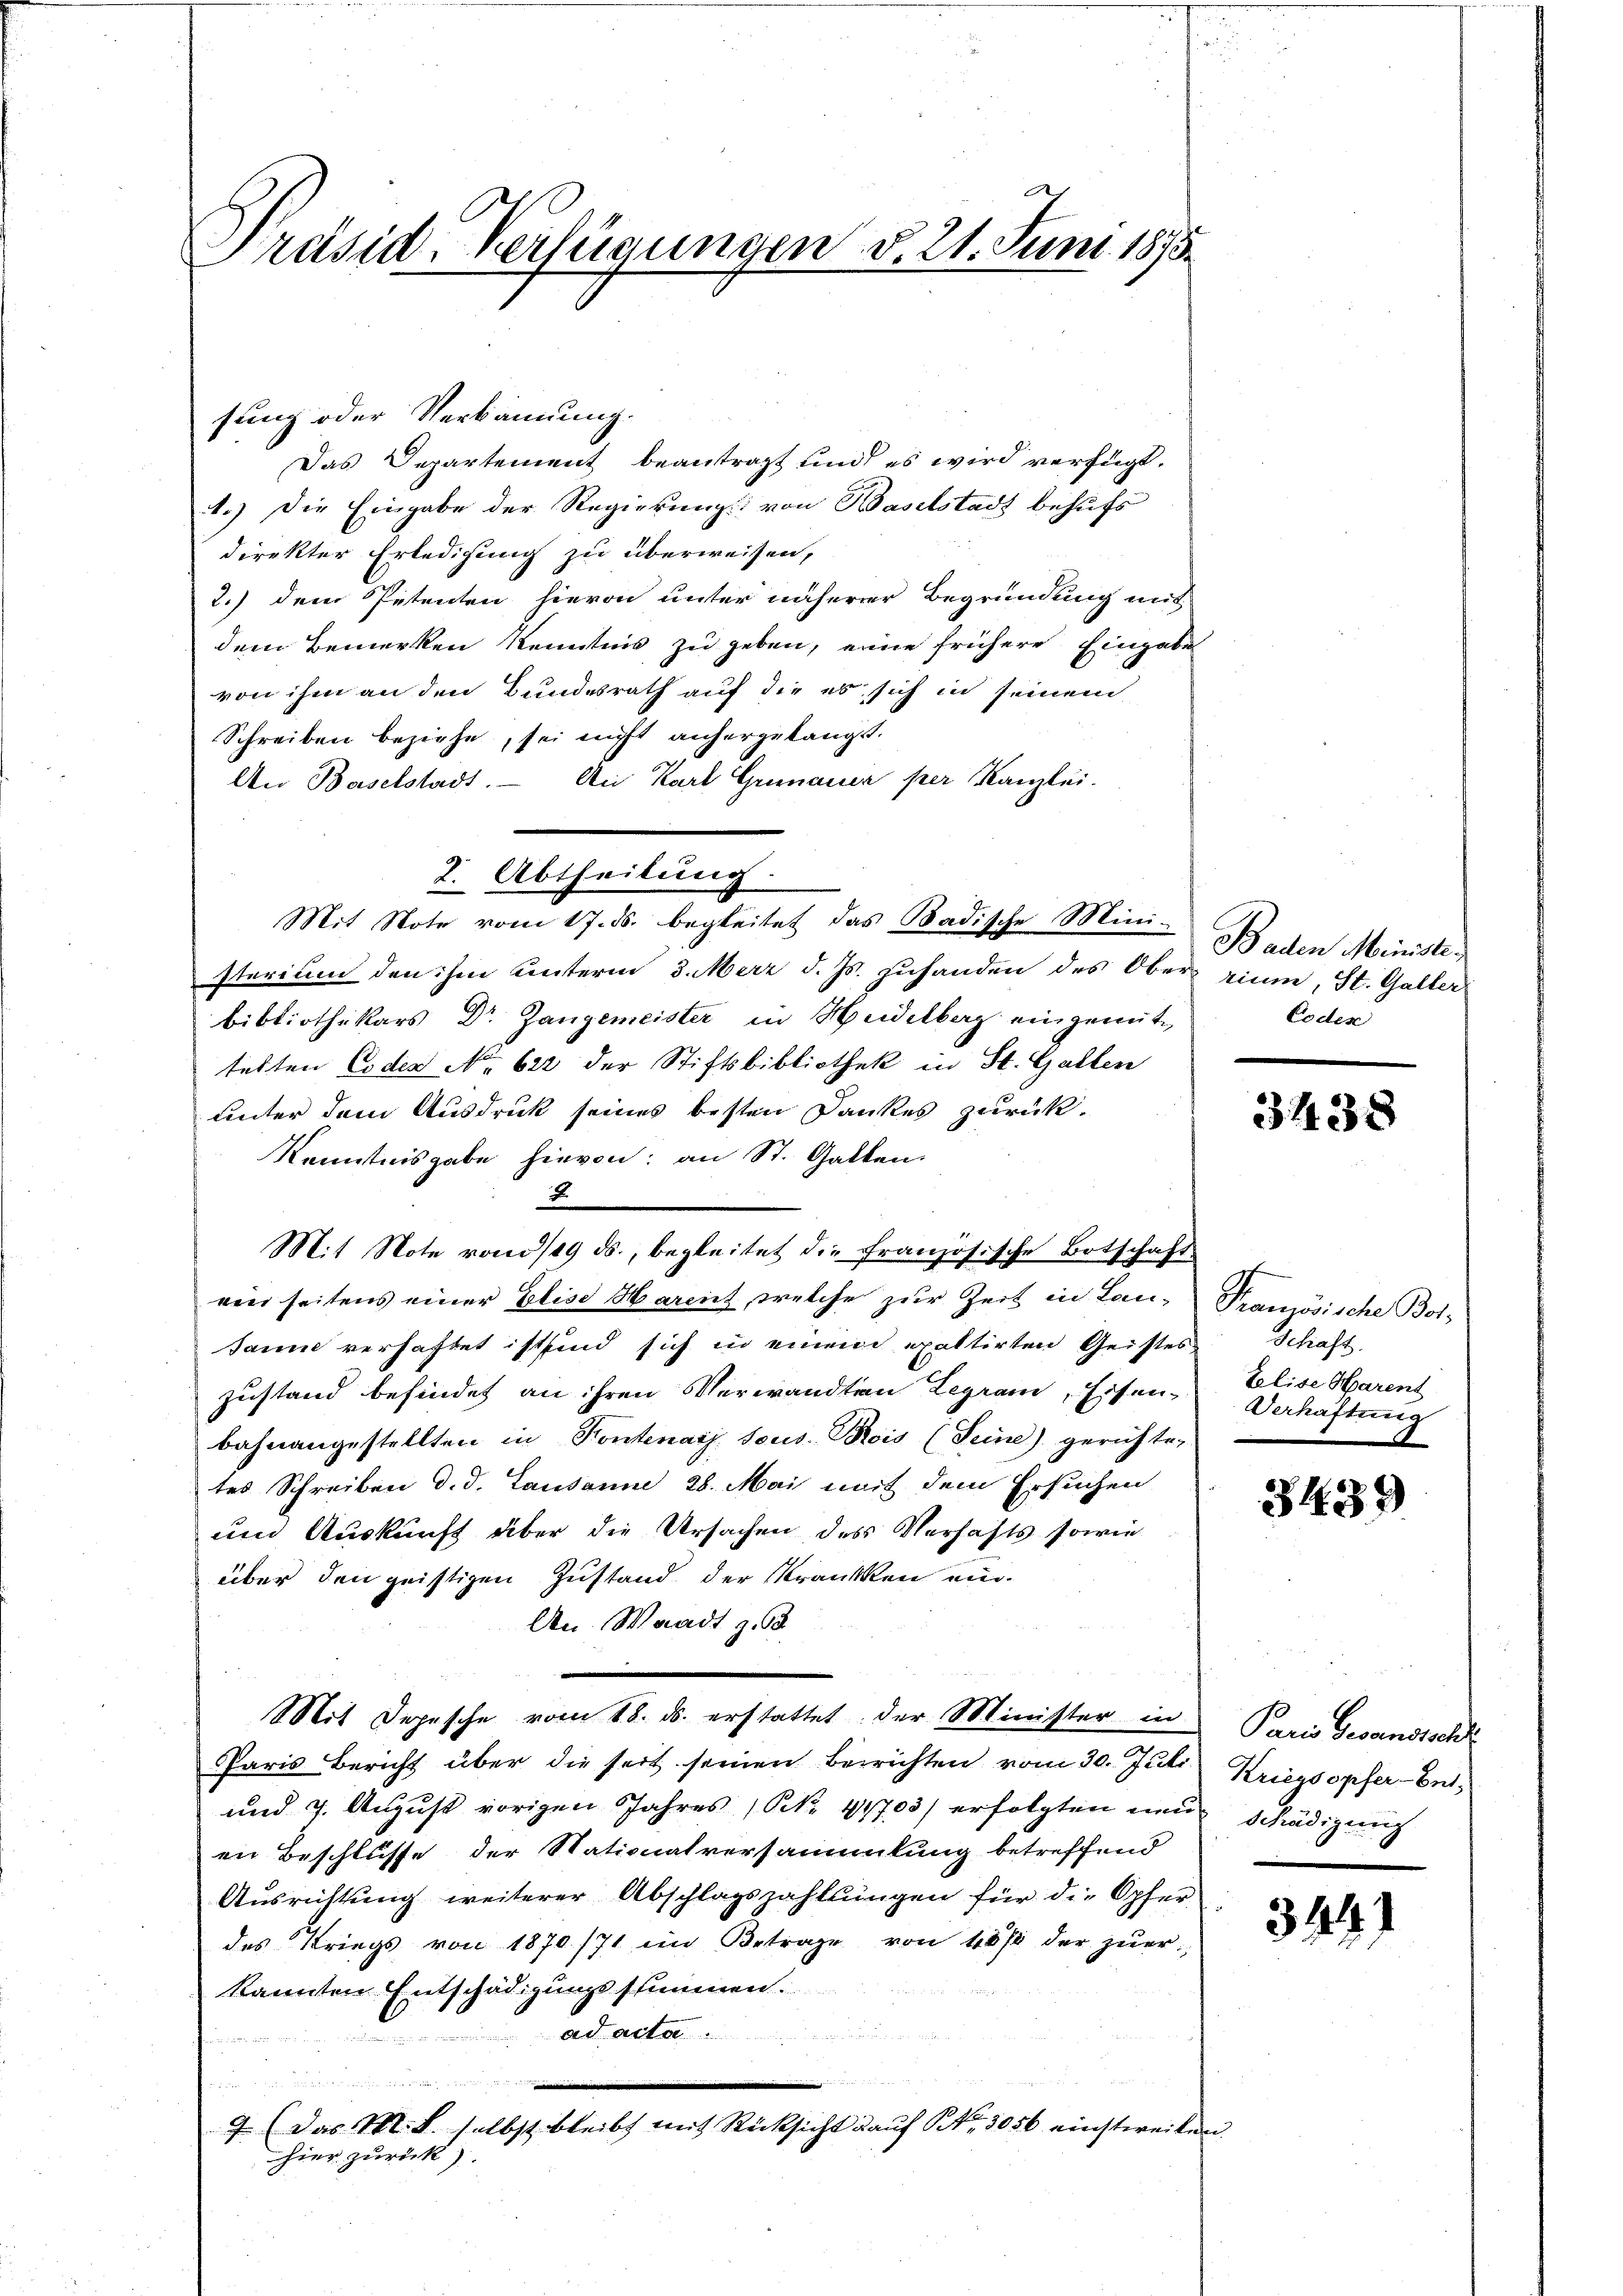
Präsid. Verfügungen d. 21. Juni 1875.

sung oder Verkannung.
Das Departement beantragt und es wird verfügt.
1.) Die Eingabe der Regierung: von Baselstadt behufs
direkter Erledigung zu überweisen,
2.) dem Petenten hievon unter näherer Begründung mit
dem Bemerken Kenntnis zu geben, eine frühere Eingabe
von ihm an den Bundesrath auf die es sich in seinem
Schreiben beziehe, sei nicht anhergelangt.
An Baselstadt. Am Karl Grünauer per Kanzlei.
sterium den ihm unterm 3. März d. Js. zuhanden des Ober rium, St. Galler
bibliothekars Dr Gangemeister in Heidelberg eingenütz
telten Coden No 622 der Stiftsbibliothek in St. Gallen
unter dem Ausdruck seines besten Dankes zurück.
Kenntnisgabe hievon: an St. Gallen.
2
Mit Note von 5/9 ds., begleitet die französische Botschaft
ein seitens einer Elise Harent, welche zur Zeit in Lan-Tranzösische Bot-
Janne verhaftet ist sind sich in einen exoltirten Geistes Schaft,
zustand befindet an ihren Verwandten Legram, Eisen-
bahnangestellten in Kontenaij. Tous. Bois (Seine gerichte-
tes Schreiben d. d. Lausanne 28. Mai mit dem Ersuchen
und Auskunft über die Ursachen des Verhafts sowie
über den geistigen Zustand der Kranken ein-
An Waadt z.
Mit Depesche vom 18. ds. erstattet der Minister in Paris Gesandtsch
Paris Bericht über die seit seinen Berichten vom 30. Juli
und 4. August vorigen Jahres (N. 41703/ erfolgten neue Schädigung
en Beschlüsse der Nationalversammlung betreffend
Ausrichtung weiterer Abschlagszahlungen für die Opfer
des Kriegs von 1870/71 im Betrage von 40% der zuer-
kannten Entschädigungsstimmen.
ad acta.
u
u
n
9 (das M. B. selbst bleibt mit Rücksicht auf 143056 einstweilen.
hier zurück).

2. Abtheilung.
Mit Note vom 17. ds. begleitet das Badische Mini-

Baden Ministe,
Codes

3438

Elise Harent
Verhaftung

3439

Kriegsopfer-Ent-

344)